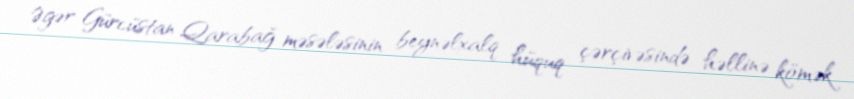
Əgər Gürcüstan Qarabağ məsələsinin beynəlxalq hüquq çərçivəsində həllinə kömək